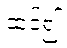
ထင်၍